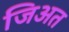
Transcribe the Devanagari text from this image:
जिअत